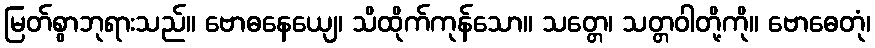
မြတ်စွာဘုရားသည်။ ဗောဓနေယျေ၊ သိထိုက်ကုန်သော။ သတ္တေ၊ သတ္တဝါတို့ကို။ ဗောဓေတုံ၊